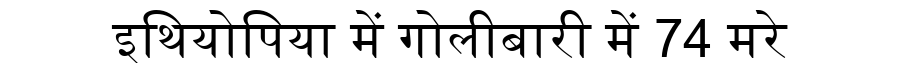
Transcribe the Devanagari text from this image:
इथियोपिया में गोलीबारी में 74 मरे